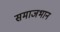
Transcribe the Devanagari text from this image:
समाजभान